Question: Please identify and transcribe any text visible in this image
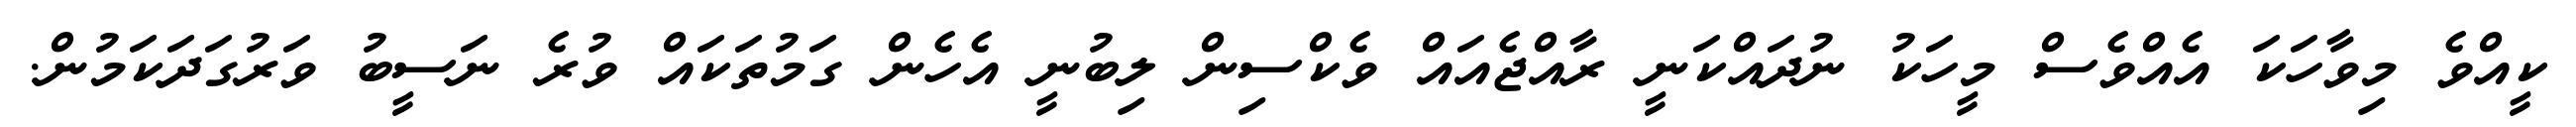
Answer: ކީއްވެ މިވާހަކަ އެއްވެސް މީހަކު ނުދައްކަނީ ރާއްޖެއައް ވެކްސިން ލިބުނީ އެހެން ގަމުތަކައް ވުރެ ނަސީބު ވަރުގަދަކަމުން.